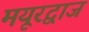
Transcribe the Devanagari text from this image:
मयूरद्वाज